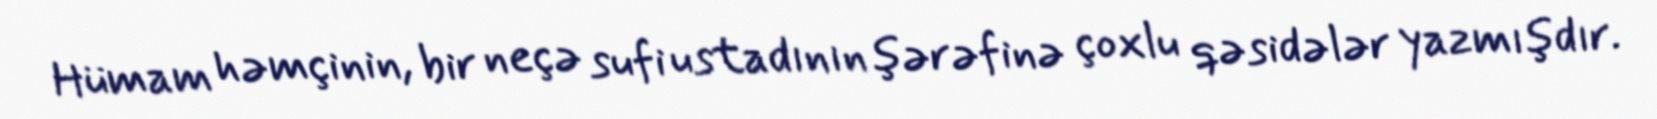
Hümam həmçinin, bir neçə sufi ustadının şərəfinə çoxlu qəsidələr yazmışdır.